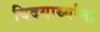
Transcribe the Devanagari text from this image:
विदयार्थ्यांना